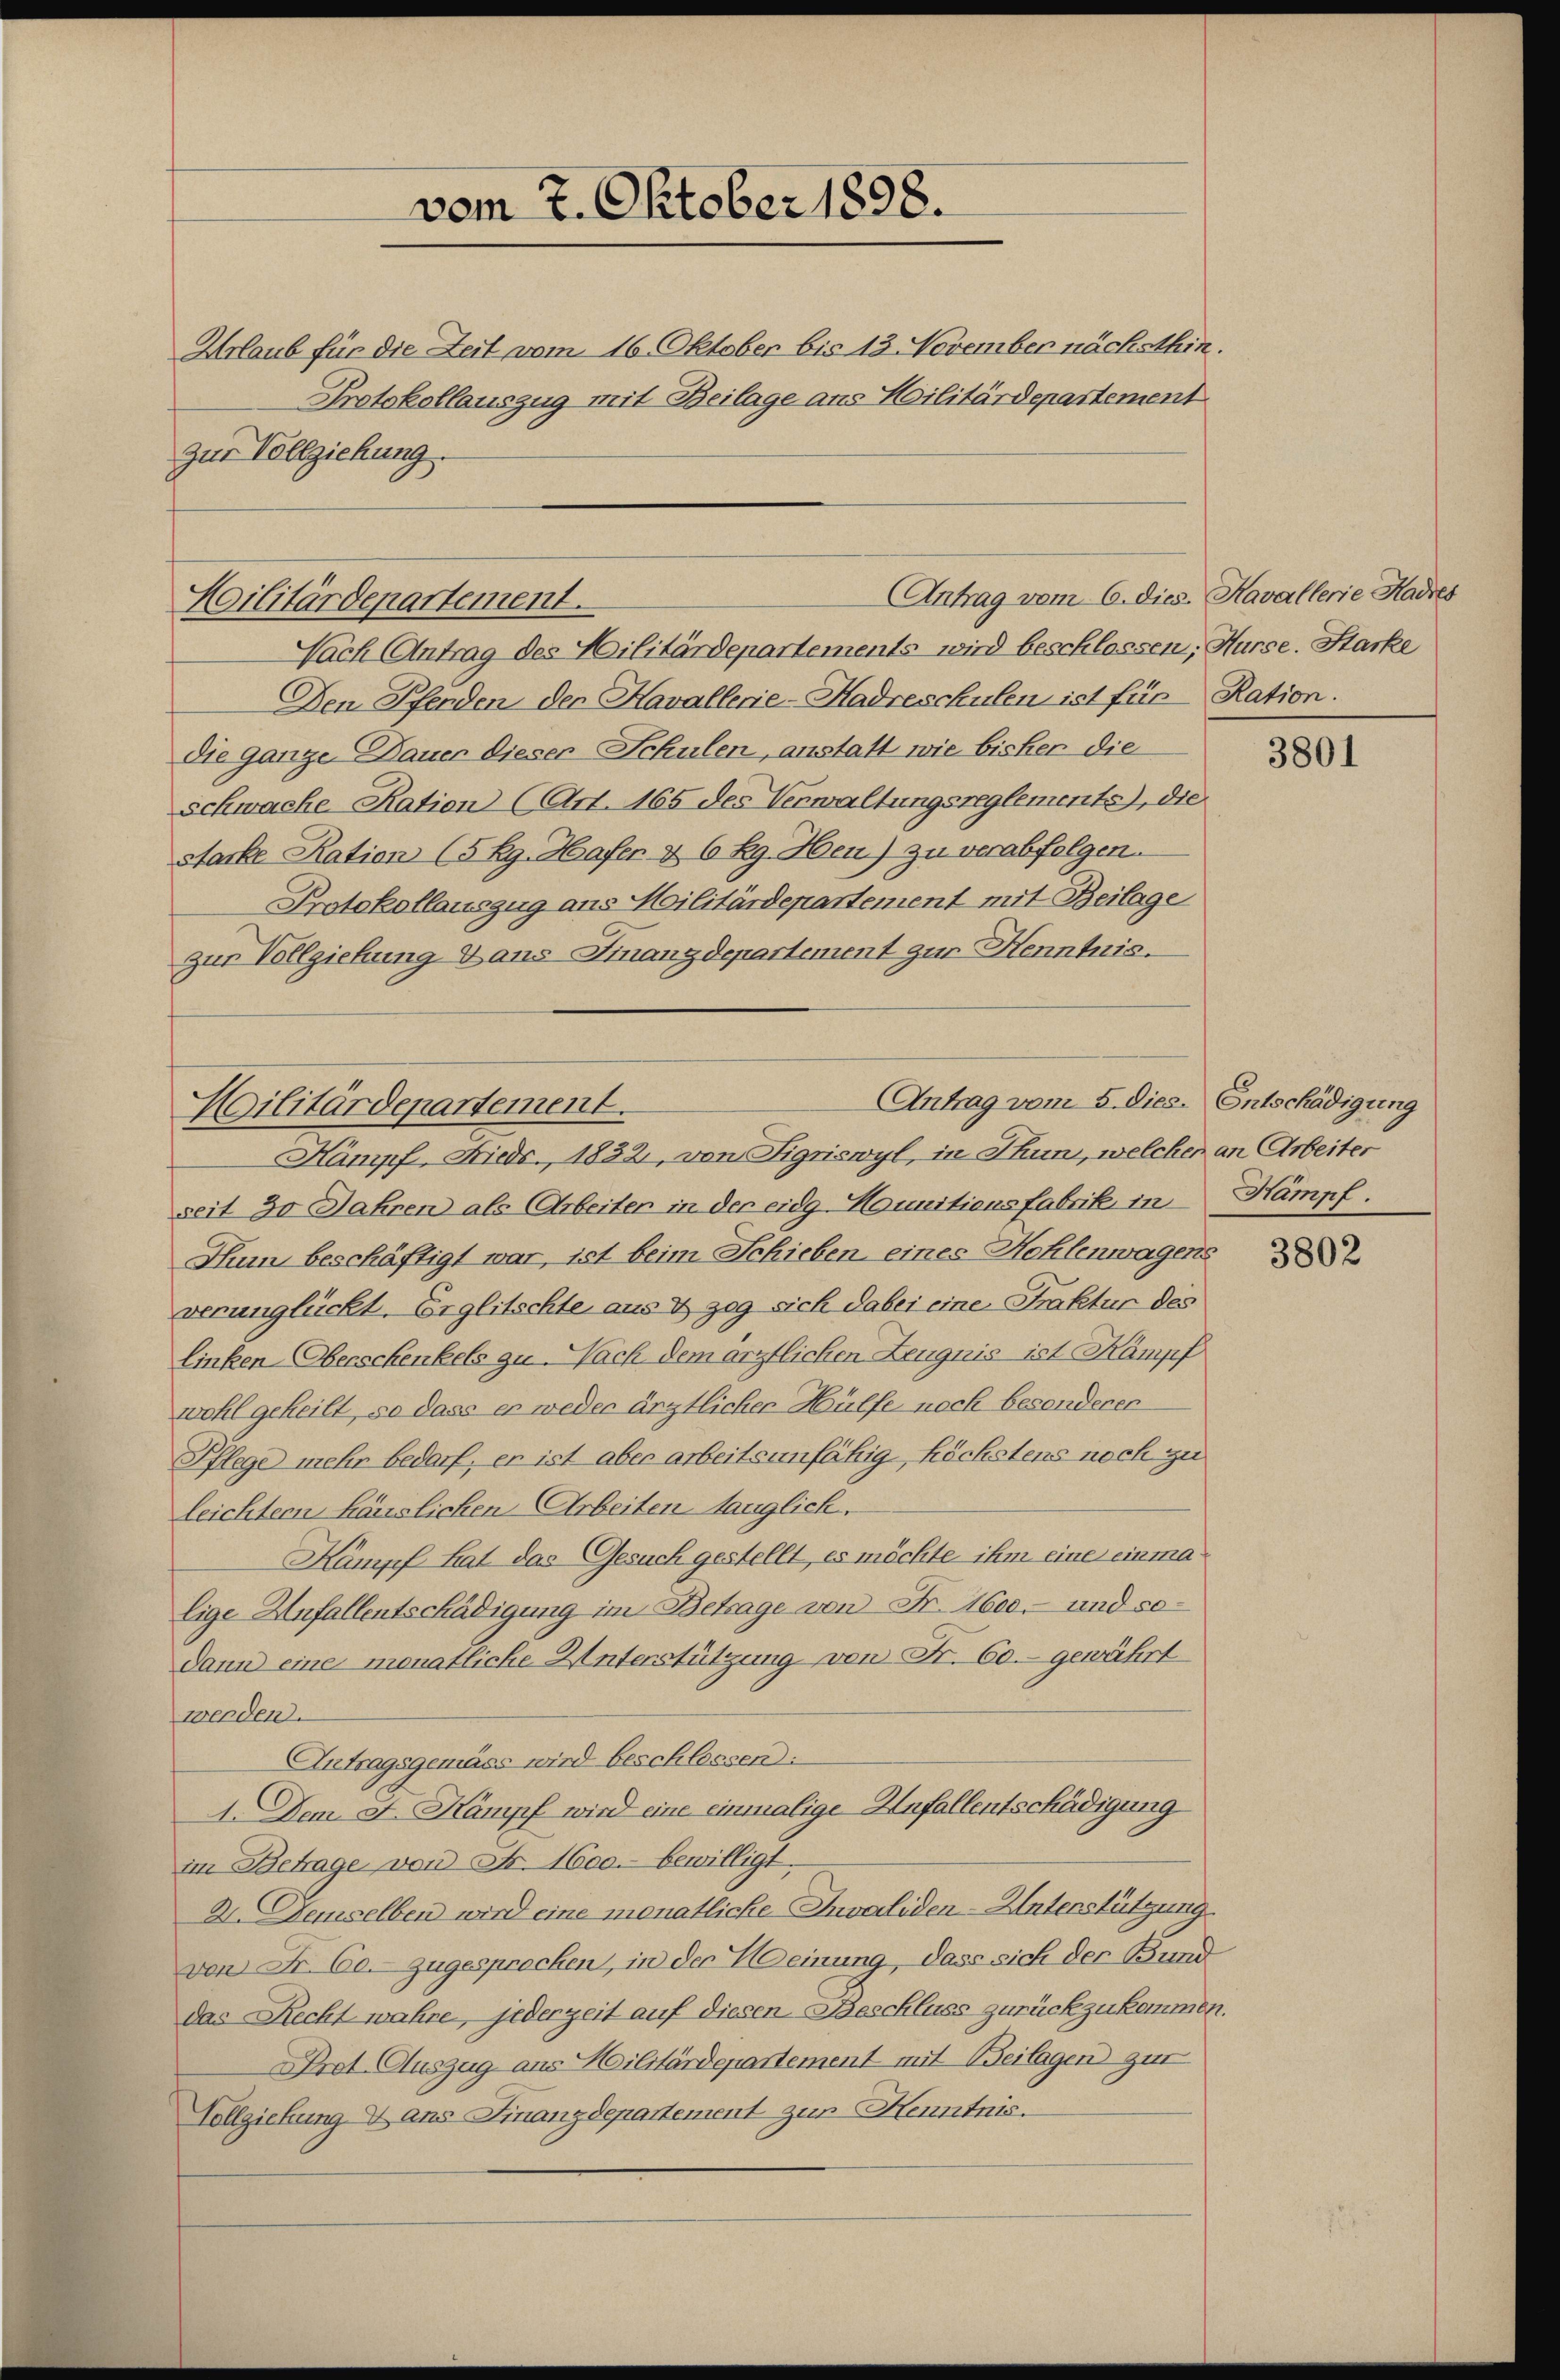
vom 7. Oktober 1898.
Urlaub für die Zeit vom 16. Oktober bis 13. November nächsthin.

Protokollauszug mit Beilage aus Militärdepartement
zur Vollziehung.

Nach Antrag des Militärdepartements wird beschlossen, Hurse. Starke
Den Pfenden der Havallerie-Hadreschulen ist für Ration.
Die ganze Dauer dieser Schulen, anstatt wie bisher die
Schwache Ration (Art. 165 des Verwaltungsreglemente, die
starke Ration (5 Rg. Hafer & 6 Rg. Heu) zu verabfolgen.
Protokollauszug aus Militärdepartement mit Beilage
zur Vollziehung dans Finanzdepartement zur Henntnis.
Antrag vom 5. dies. Entschädigung

Antrag vom 6. dies. Kavallerie Hadres
Militärdepartement.

Militärdepartement.

Hampf, Frieds., 1832., von Figriswyl, in Thun, welchen an Arbeiter
seit 30 Jahren als Arbeiter in der eidg Hounitionsfabrik in Kampf.
Thun beschäftigt war, ist beim Schieben eines Hohlenwagens
verunglückt. Erglitschte aus & zeg sich dabei eine Praktur des
linken-Oberschenkels zu. Nach dem ärztlichen Leugnis ist Kämpf
wohl geheilt, so dass er weder ärztlicher Hülfe noch besonderen
Pflege mehr bedarf, er ist aber arbeitsunfähig höchstens noch zu
leichtern häuslichen Arbeiten tauglich.
Kampf hat das Gesuch gestellt, es möchte ihm eine einmalige Anfallentschädigung im Betrage von Fr. 1600.- und sodann eine monatliche Unterstützung von Fr. 60.- gewährt
werden.
Antragsgemäss wird beschlossen:
1. Dem F. Kampf wird eine einmalige Anfallentschädigung
im Betrage von Fr. 1600. bewilligt.
2. Demselben wird eine monatliche Invaliden-Unterstützung.
von Nr. 60. zugesprechen, in der Weinung, dass sich der Bund
das Recht wahre, jederzeit auf diesen Beschluss zurückzukommen.
Pret. Auszug aus Militärdepartement mit Beilagen zur
Vollziehung dans Finanzdepartement zur Henntnis.

3801

3802